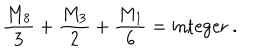
LaTeX: { \frac { M _ { 8 } } { 3 } } + { \frac { M _ { 3 } } { 2 } } + { \frac { M _ { 1 } } { 6 } } = \mathrm { i n t e g e r } \ .